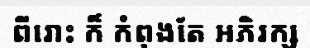
ពីរោះ ក៏ កំពុងតែ អភិរក្ស